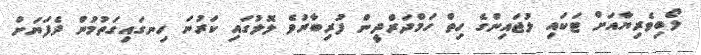
ލޯބިވެރިޔާއަށް ޓަކައި ލުޖައިންގެ ހިތް ހަމްދަރްދީން ފުރިބާރުވެ ލޮލުގައި ކަރުނަ ހިނގައިގަތުމުން ދެފަޔަށް